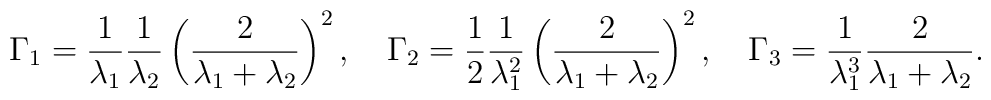
\Gamma_1={1\over \lambda_1}{1\over \lambda_2}\left({2\over\lambda_1+\lambda_2}\right)^2,\quad\Gamma_2={1\over 2}{1\over \lambda_1^2}\left({2\over \lambda_1+\lambda_2}\right)^2,\quad\Gamma_3={1\over \lambda_1^3}{2\over \lambda_1+\lambda_2}.